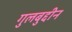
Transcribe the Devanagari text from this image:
गुलबुद्दीन